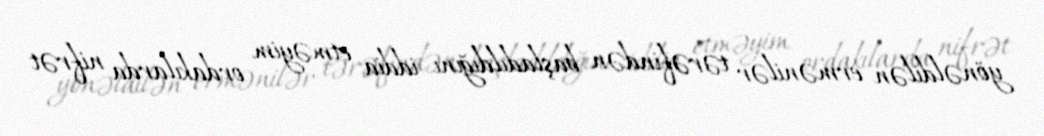
yönəldilən ermənilər tərəfindən başladıldığını iddia etməyim ordakılarda nifrət